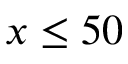
x \leq 5 0